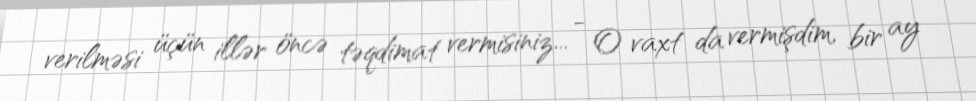
verilməsi üçün illər öncə təqdimat vermisiniz... - O vaxt da vermişdim, bir ay